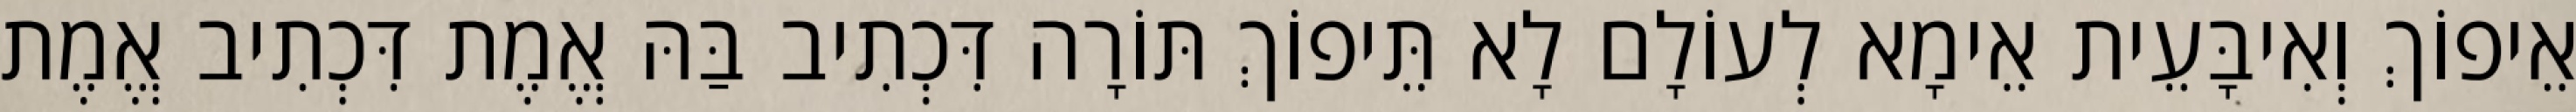
אֵיפוֹךְ וְאִיבָּעֵית אֵימָא לְעוֹלָם לָא תֵּיפוֹךְ תּוֹרָה דִּכְתִיב בַּהּ אֱמֶת דִּכְתִיב אֱמֶת